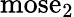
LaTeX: {\mathrm{mose}}_{2}